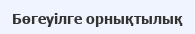
Бөгеуілге орнықтылық